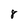
Character: 8